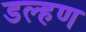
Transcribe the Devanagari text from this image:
डल्हण